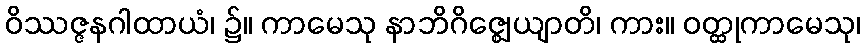
ဝိဿဇ္ဇနဂါထာယံ၊ ၌။ ကာမေသု နာဘိဂိဇ္ဈေယျာတိ၊ ကား။ ဝတ္ထုကာမေသု၊